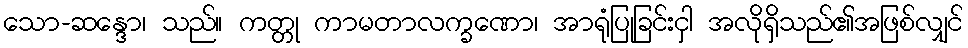
သော-ဆန္ဒော၊ သည်။ ကတ္တု ကာမတာလက္ခဏော၊ အာရုံပြုခြင်းငှါ အလိုရှိသည်၏အဖြစ်လျှင်